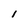
Character: 1